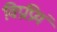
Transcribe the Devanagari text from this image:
विप्रप्रियं